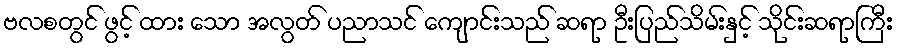
ဗလစတွင် ဖွင့် ထား သော အလွတ် ပညာသင် ကျောင်းသည် ဆရာ ဦးပြည်သိမ်းနှင့် သိုင်းဆရာကြီး